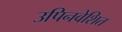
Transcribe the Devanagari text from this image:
उपिनवेशित